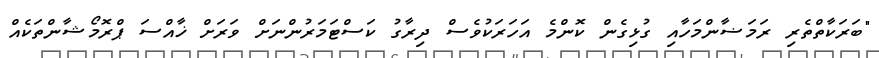
"ބަރަކާތްތެރި ރަމަޟާންމަހާއި ގުޅިގެން ކޮންމެ އަހަރަކުވެސް ދިރާގު ކަސްޓަމަރުންނަށް ވަރަށް ޚާއްސަ ޕްރޮމޯޝާންތަކެއް